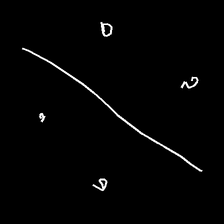
Glyph: cool